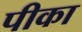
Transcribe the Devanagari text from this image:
पीका